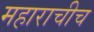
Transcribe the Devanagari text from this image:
महाराचीच